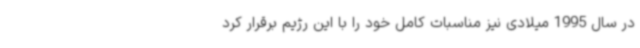
در سال 1995 میلادی نیز مناسبات کامل خود را با این رژیم برقرار کرد